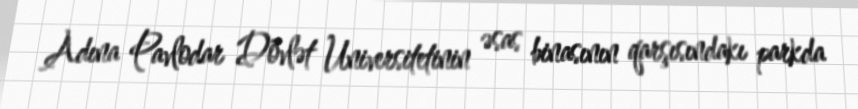
Adına Pavlodar Dövlət Universitetinin əsas binasının qarşısındakı parkda